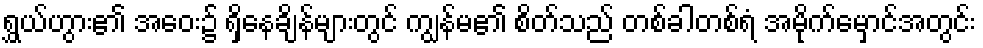
ရွှယ်ဟွား၏ အဝေး၌ ရှိနေချိန်များတွင် ကျွန်မ၏ စိတ်သည် တစ်ခါတစ်ရံ အမိုက်မှောင်အတွင်း